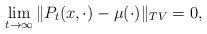
LaTeX: \begin{align*}\lim_{t \to \infty} \|P_t(x, \cdot) - \mu(\cdot) \|_{TV} = 0,\end{align*}